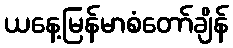
ယနေ့မြန်မာစံတော်ချိန်